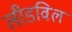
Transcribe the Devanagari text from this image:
लीडविल